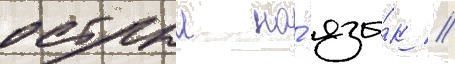
острыи на́ язы́к //